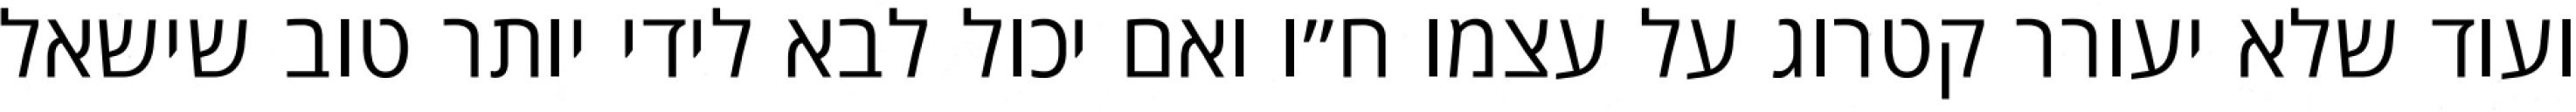
ועוד שלא יעורר קטרוג על עצמו ח״ו ואם יכול לבא לידי יותר טוב שישאל